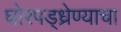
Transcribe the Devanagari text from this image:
घोरपड्ध्रेण्याचा